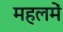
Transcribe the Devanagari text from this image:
महलमें